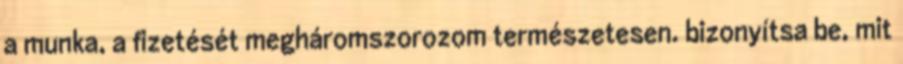
a munka, a fizetését megháromszorozom természetesen. bizonyítsa be, mit